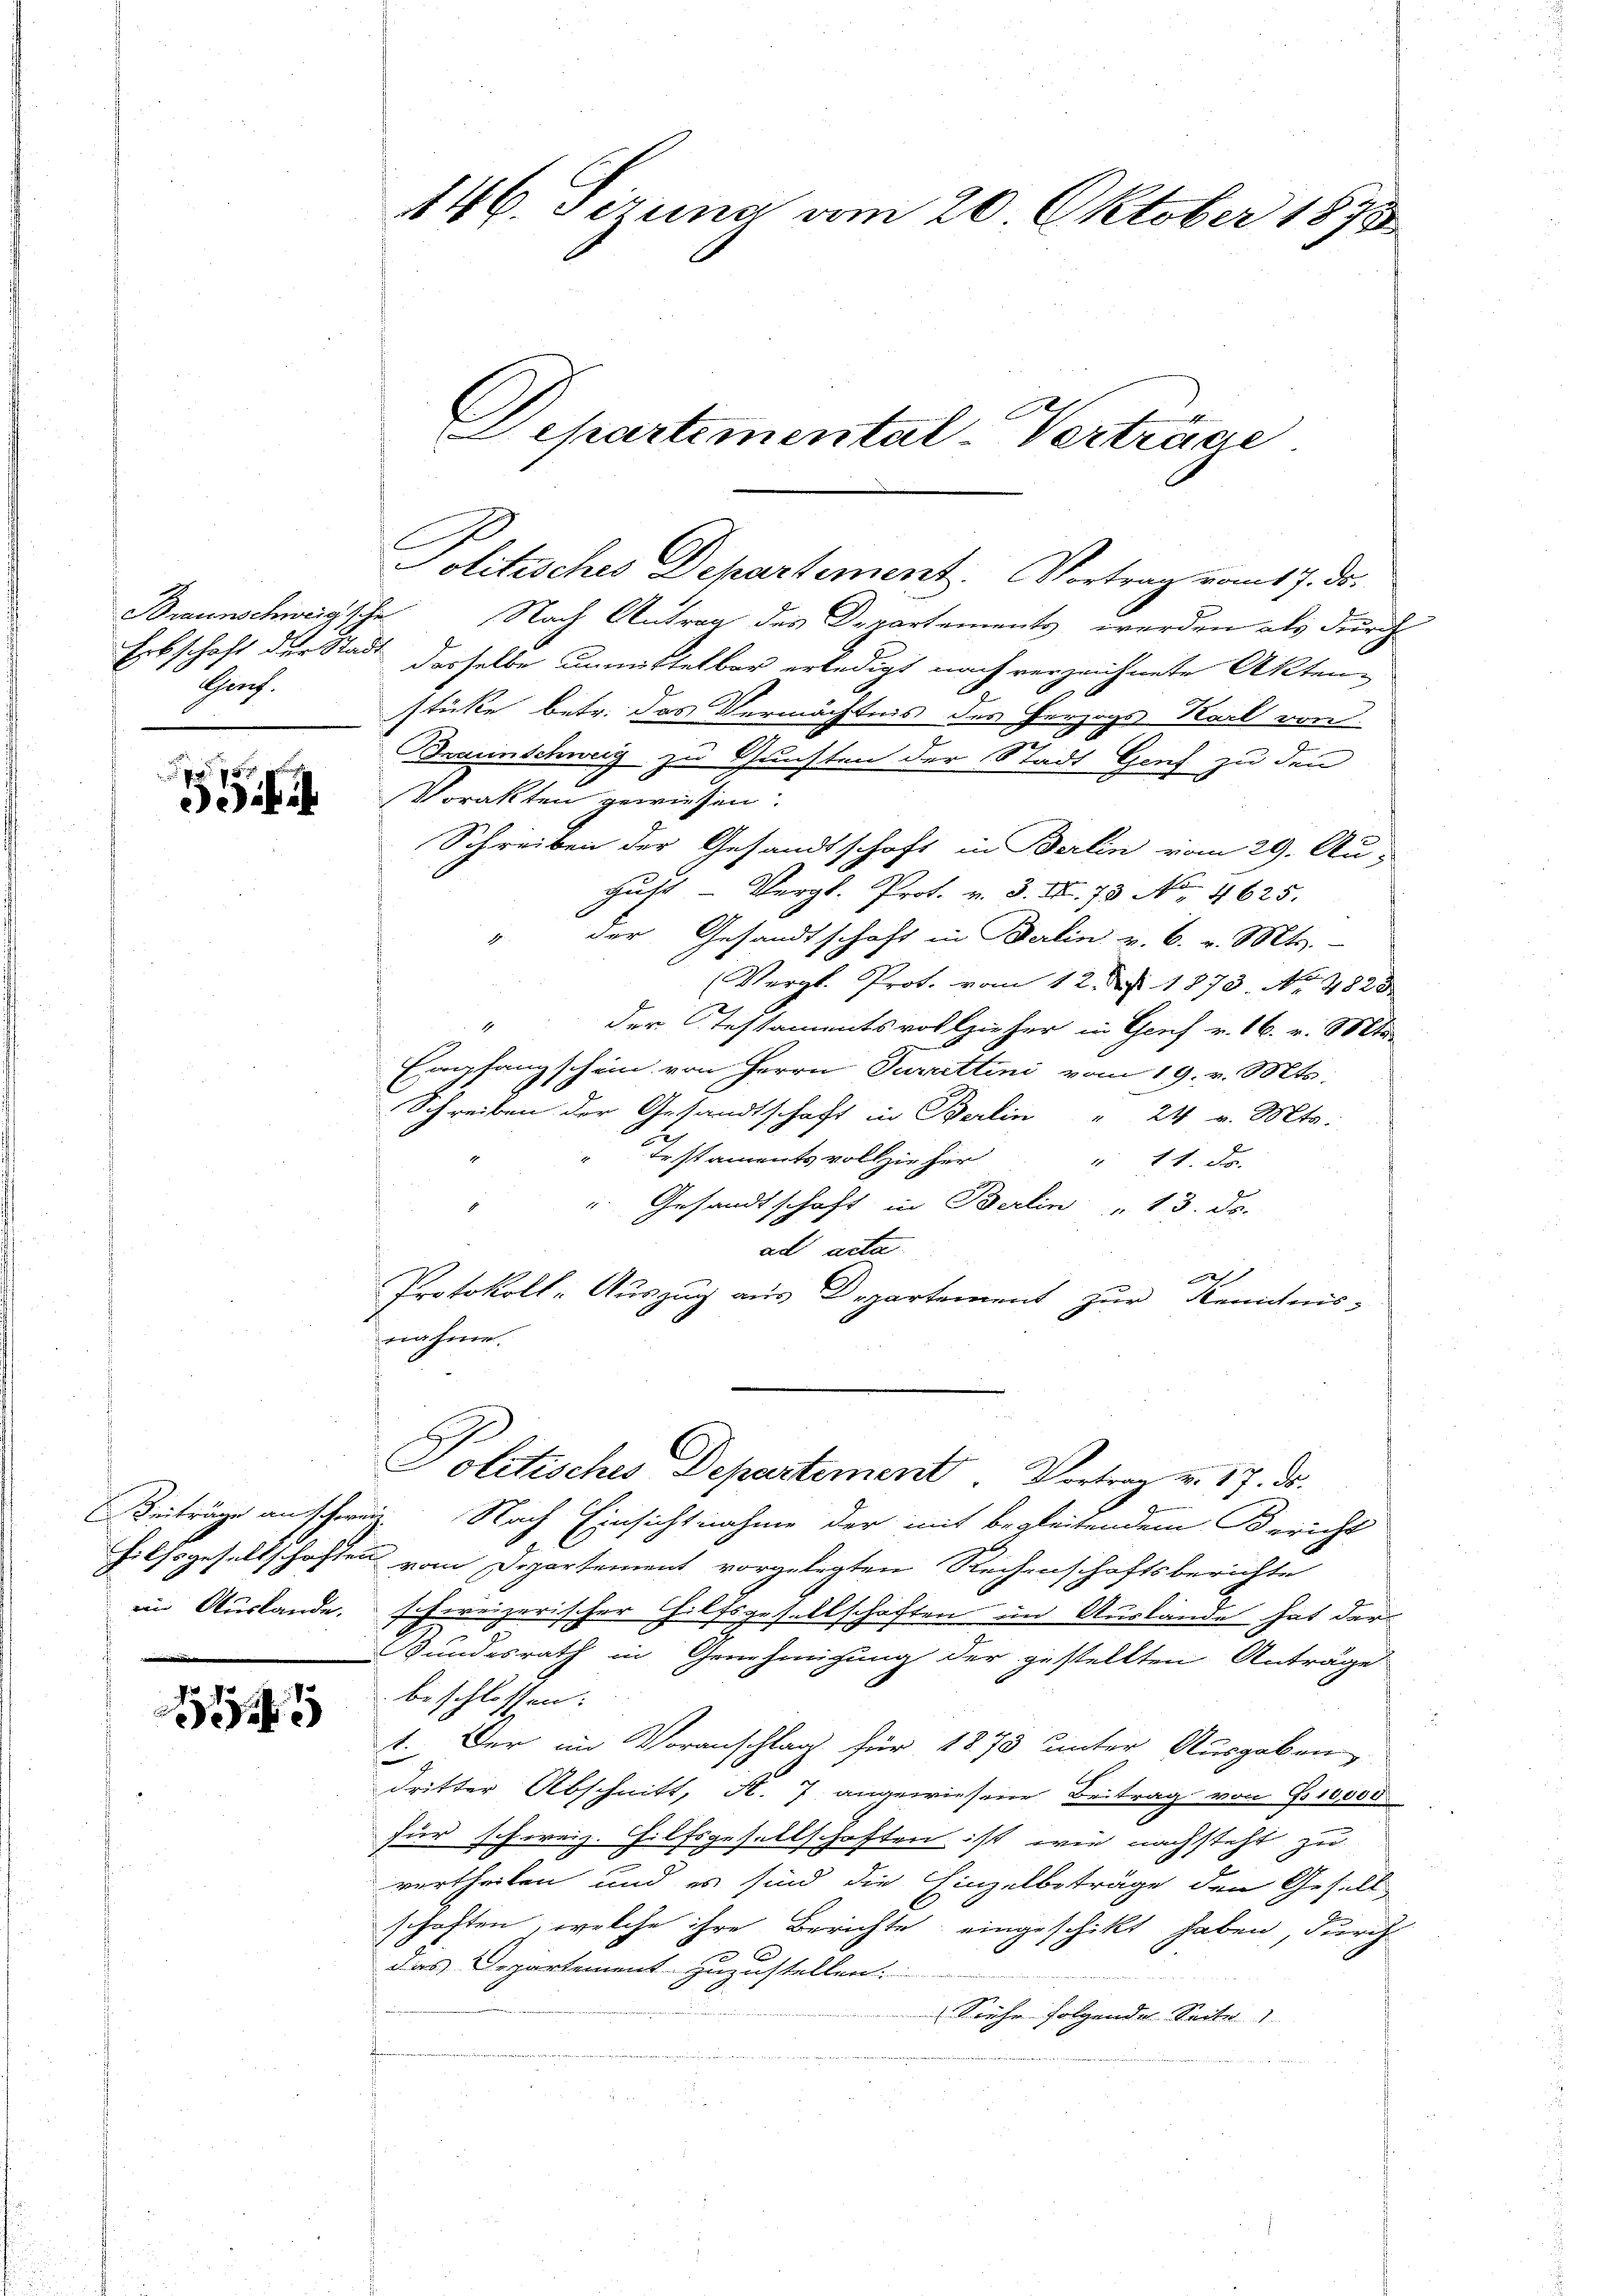
Sprach.

5

en Auslande.

5

Politisches Departement. Vortrag vom 17. ds.
Braunschweigsche Nach Antrag des Departements, werden als durch
Erbschaft der Stadt derselbe unmittelbar erledigt nach verzeichnete Aktenstüke betr. das Vermächtnis des Herzogs Karl von
2
Braunschweig zu Gunsten der Stadt Genf zu den
Torakten gewiesen.
Schreiben der Gesandtschaft in Berlin vom 29. Au-
gŭst - Vergl. Prot. v. 3. II. 73 No. 4625.
der Gesandtschaft in Berlin v. 6. v. Mts.
1
(Vergl. Prot. vom 12. d. 1873. No 4828
1
der Testamentsvollzieher in Genf v. 16. v. Mts.
Empfangschein von Herrn Jurettini vom 19. v. Mts.
Schreiben der Gesandtschaft in Berlin " 24 v. Mts.
2
Irstaments vollzieher
" 11. Fr.
". Gesandtschaft in Berlin " 13. ds.
ad acta
Ges
Protokoll: Auszug aus Departement zur Kenntnis-
nahme.

146. Sizung vom 20. Oktober 1873
Departemental-Verträge

Politisches Departement. Vortrag v. 17. ds.

Beiträge anschweiz. Nach Einsichtnahme der mit begleitendem Bericht
Hilfsgesellschaften vom Departement vorgelegten Rechenschaftsberichte
ffereizerischer Hilfsgesellschaften im Auslände hat der
Bundesrath in Genehmigung der gestellten Anträge
beschlossen:
1. Der im Voranschlag für 1873 unter Ausgaben
dritter Abschnitt, K. 7 angewiesene Beitrag von 10000
für schweiz. Hilfsgesellschaften ist, wie nachsteht zu
vertheilen und es sind die Einzelbeträge den Gesell
schaften, welche ihre Berichte eingeschickt haben, durch
das Departement zuzustellen.
Siehe folgende Seite